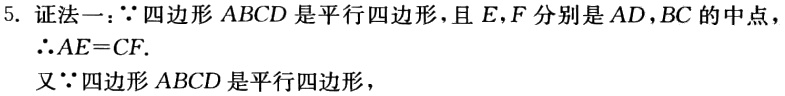
5. 证法一：$\because$ 四边形 $ABCD$ 是平行四边形，且 $E,F$ 分别是 $AD,BC$ 的中点，
$\therefore AE = CF.$
又 $\because$ 四边形 $ABCD$ 是平行四边形，